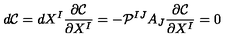
d \mathcal { C } = d X ^ { I } \frac { \partial \mathcal { C } } { \partial X ^ { I } } = - \mathcal { P } ^ { I J } A _ { J } \frac { \partial \mathcal { C } } { \partial X ^ { I } } = 0